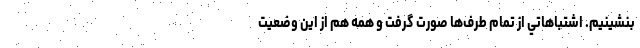
بنشينيم. اشتباهاتي از تمام طرف‌ها صورت گرفت و همه هم از اين وضعيت